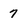
Character: 7